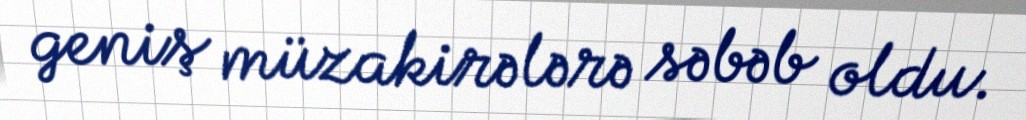
geniş müzakirələrə səbəb oldu.